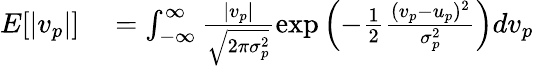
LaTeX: \begin{array}{rl}{E[|v_{p}|]}&{{}=\int_{-\infty}^{\infty}\frac{|v_{p}|}{\sqrt{2\pi\sigma_{p}^{2}}}\exp\left(-\frac{1}{2}\frac{(v_{p}-u_{p})^{2}}{\sigma_{p}^{2}}\right)dv_{p}}\end{array}